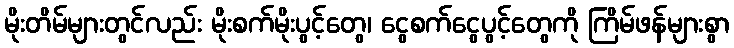
မိုးတိမ်များတွင်လည်း မိုးစက်မိုးပွင့်တွေ၊ ငွေစက်ငွေပွင့်တွေကို ကြိမ်ဖန်များစွာ